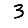
Digit: 3